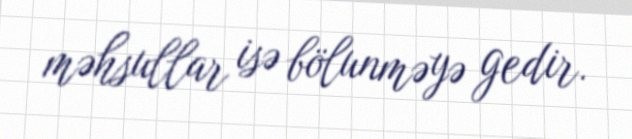
məhsullar isə bölunməyə gedir.